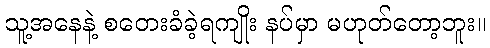
သူ့အနေနဲ့ စတေးခံခဲ့ရကျိုး နပ်မှာ မဟုတ်တော့ဘူး။